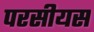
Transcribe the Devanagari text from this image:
परसीयस